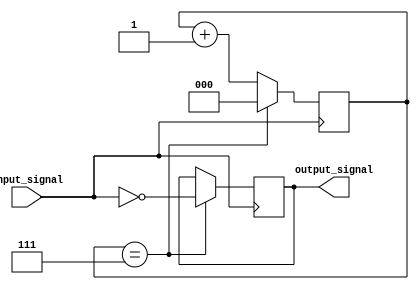
module nor_gate_delay (
    input wire input_signal,
    output reg output_signal
);

reg [2:0] delay_counter;

always @(posedge input_signal) begin
    if (delay_counter == 3'b111) begin
        output_signal <= ~(input_signal | input_signal);
        delay_counter <= 3'b000;
    end else begin
        delay_counter <= delay_counter + 1;
    end
end

endmodule